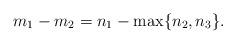
LaTeX: \begin{align*}m_1-m_2= n_1-\max\{n_2,n_3\}. \end{align*}